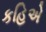
કહિએ